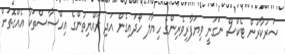
ސަރުކާރުން ޓެކްސް ނަގަނީ ވިޔަފާރިވެރިންގެ ހިޔާލު ހޯދައިގެން އަދި ރައްޔިތުންގެ އިހްސާސްތަކާ އެއްގޮތަށް